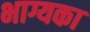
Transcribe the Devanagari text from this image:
भाग्यका